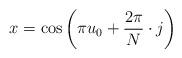
LaTeX: \begin{align*} x=\cos\left(\pi u_{0}+\frac{2\pi}{N}\cdot j\right)\end{align*}